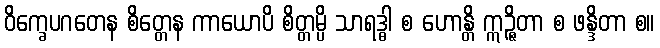
ဝိက္ခေပဂတေန စိတ္တေန ကာယောပိ စိတ္တမ္ပိ သာရဒ္ဓါ စ ဟောန္တိ ဣဉ္ဇိတာ စ ဖန္ဒိတာ စ။